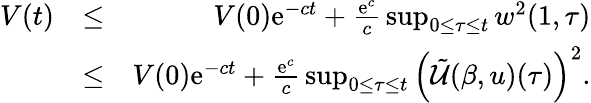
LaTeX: \begin{array}{rlr}{V(t)}&{\leq}&{V(0)\mathrm{e}^{-ct}+{\frac{\mathrm{e}^{c}}{c}}\operatorname*{sup}_{0\leq\tau\leq t}w^{2}(1,\tau)}\\ &{\leq}&{V(0)\mathrm{e}^{-ct}+{\frac{\mathrm{e}^{c}}{c}}\operatorname*{sup}_{0\leq\tau\leq t}\left(\tilde{\cal U}(\beta,u)(\tau)\right)^{2}.}\end{array}